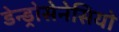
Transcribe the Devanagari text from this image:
डेन्ड्रोसेनेसियो